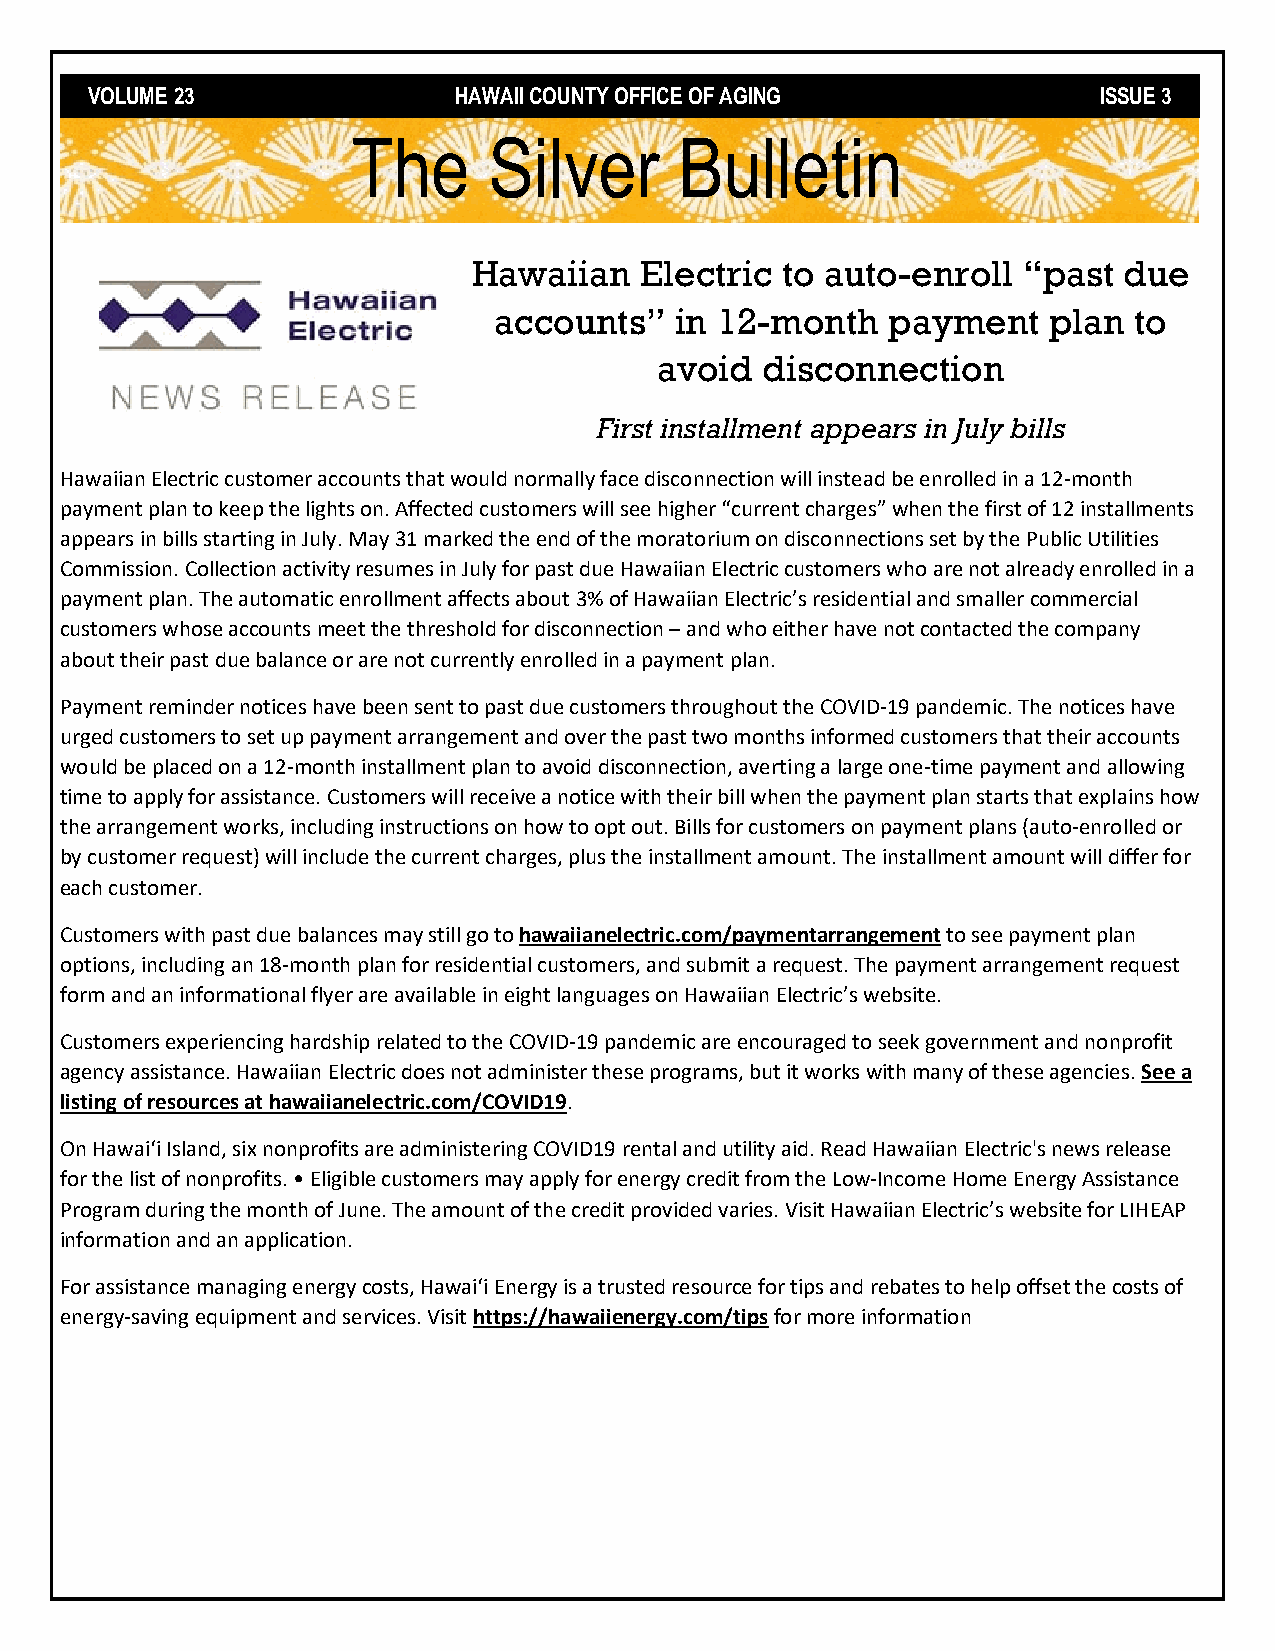
VOLUME 23               HAWAII COUNTY OFFICE OF AGING              ISSUE 3
 The      Silver       Bulletin
 Hawaiian   Electric  to auto-enroll  “past due
 accounts”   in 12-month   payment   plan  to
 avoid  disconnection
 First installment appears in July bills
 Hawaiian Electric customer accounts that would normally face disconnection will instead be enrolled in a 12-month
 payment plan to keep the lights on. Affected customers will see higher “current charges” when the first of 12 installments
 appears in bills starting in July. May 31 marked the end of the moratorium on disconnections set by the Public Utilities
 Commission. Collection activity resumes in July for past due Hawaiian Electric customers who are not already enrolled in a
 payment plan. The automatic enrollment affects about 3% of Hawaiian Electric’s residential and smaller commercial
 customers whose accounts meet the threshold for disconnection – and who either have not contacted the company
 about their past due balance or are not currently enrolled in a payment plan.
 Payment reminder notices have been sent to past due customers throughout the COVID-19 pandemic. The notices have
 urged customers to set up payment arrangement and over the past two months informed customers that their accounts
 would be placed on a 12-month installment plan to avoid disconnection, averting a large one-time payment and allowing
 time to apply for assistance. Customers will receive a notice with their bill when the payment plan starts that explains how
 the arrangement works, including instructions on how to opt out. Bills for customers on payment plans (auto-enrolled or
 by customer request) will include the current charges, plus the installment amount. The installment amount will differ for
 each customer.
 Customers with past due balances may still go to hawaiianelectric.com/paymentarrangement to see payment plan
 options, including an 18-month plan for residential customers, and submit a request. The payment arrangement request
 form and an informational flyer are available in eight languages on Hawaiian Electric’s website.
 Customers experiencing hardship related to the COVID-19 pandemic are encouraged to seek government and nonprofit
 agency assistance. Hawaiian Electric does not administer these programs, but it works with many of these agencies. See a
 listing of resources at hawaiianelectric.com/COVID19.
 On Hawaiʻi Island, six nonprofits are administering COVID19 rental and utility aid. Read Hawaiian Electric's news release
 for the list of nonprofits. • Eligible customers may apply for energy credit from the Low-Income Home Energy Assistance
 Program during the month of June. The amount of the credit provided varies. Visit Hawaiian Electric’s website for LIHEAP
 information and an application.
 For assistance managing energy costs, Hawaiʻi Energy is a trusted resource for tips and rebates to help offset the costs of
 energy-saving equipment and services. Visit https://hawaiienergy.com/tips for more information